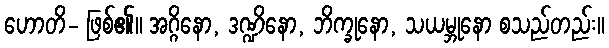
ဟောတိ- ဖြစ်၏။ အဂ္ဂိနော, ဒဏ္ဍိနော, ဘိက္ခုနော, သယမ္ဘုနော စသည်တည်း။